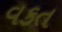
વકત